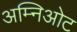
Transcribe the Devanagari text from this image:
अम्निओट